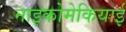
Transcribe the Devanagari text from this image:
नाइकोमेकियाई